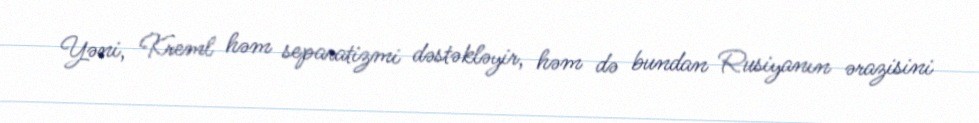
Yəni, Kreml həm separatizmi dəstəkləyir, həm də bundan Rusiyanın ərazisini